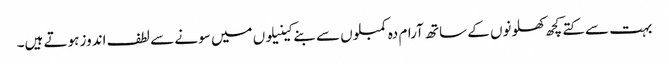
بہت سے کتے کچھ کھلونوں کے ساتھ آرام دہ کمبلوں سے بنے کینیلوں میں سونے سے لطف اندوز ہوتے ہیں۔